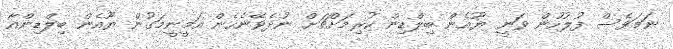
ނަމަވެސް ފުލުހުން ވަނީ ޔޫއެން ބިލްޑިން ކުރިމަށްޗަށް ނުދެވޭނެހެން އަމީނީމަގުން ޔޫއެން ބިލްޑިންއާ